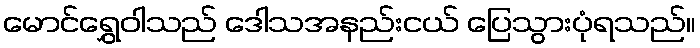
မောင်ရွှေဝါသည် ဒေါသအနည်းငယ် ပြေသွားပုံရသည်။